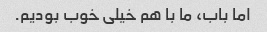
اما باب، ما با هم خیلی خوب بودیم.